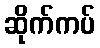
ဆိုက်ကပ်